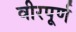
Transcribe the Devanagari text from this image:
वीरपूर्ण